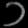
Digit: ၁